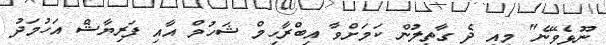
ނޫޅެވޭނެ" މިއީ ދެ ގާތިލުން ކަމަށްވާ އިބްރާހިމް ޝަހުމް އާއި ފަރިޔާޝް އަހުމަދު